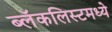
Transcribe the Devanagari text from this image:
ब्लॅकलिस्टमध्ये